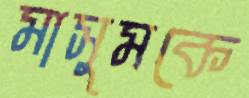
মাসুমকে